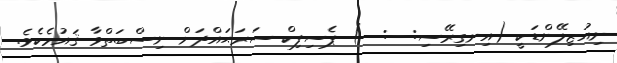
ނިއުޒިލޭންޑަކީ (އިނގިރޭސި:  :  ) ޕެސިފިިކް ސަރަޙައްދަށް ނިސްބަތްވާ ޤައުމެކެވެ.